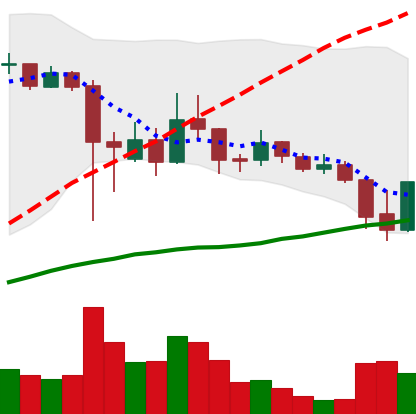
Ticker: ADA-USD
Chart end date: 2021-09-22
Forward return: -5.749%
Label: down_5_7